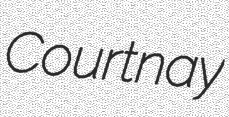
Courtnay